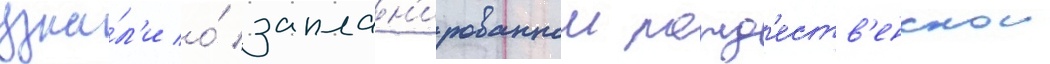
узна́л'и о́ заплан'ированнои рожд'еств'енскои